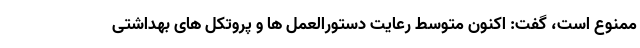
ممنوع است، گفت: اکنون متوسط رعایت دستورالعمل ها و پروتکل های بهداشتی